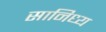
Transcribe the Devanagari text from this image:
सानिध्‍य